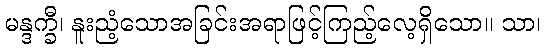
မန္ဒက္ခီ၊ နူးညံ့သောအခြင်းအရာဖြင့်ကြည့်လေ့ရှိသော။ သာ၊